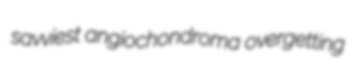
savviest angiochondroma overgetting